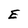
Character: E